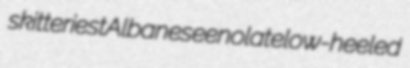
skitteriest Albanese enolate low-heeled